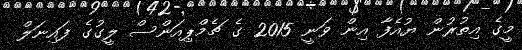
މީގެ އިތުރުން ޔުއެފާ އިން ވަނީ 2015 ގެ ޗެމްޕިއަންސް ލީގުގެ ފައިނަލް